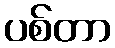
ပစ်တာ